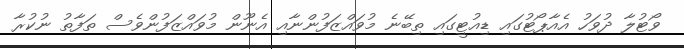
ވޯޓުލާ ދުވަހު އެއާޕޯޓުގައި ޑިއުޓީގައި ތިބޭނެ މުވައްޒަފުންނާއި އެނޫން މުވައްޒަފުންވެސް ތަފާތު ނުކުރާ